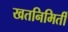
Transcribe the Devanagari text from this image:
खतनिमिर्ती